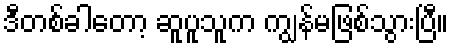
ဒီတစ်ခါတော့ ဆူပူသူက ကျွန်မဖြစ်သွားပြီ။